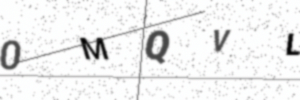
Text: 0MQVL